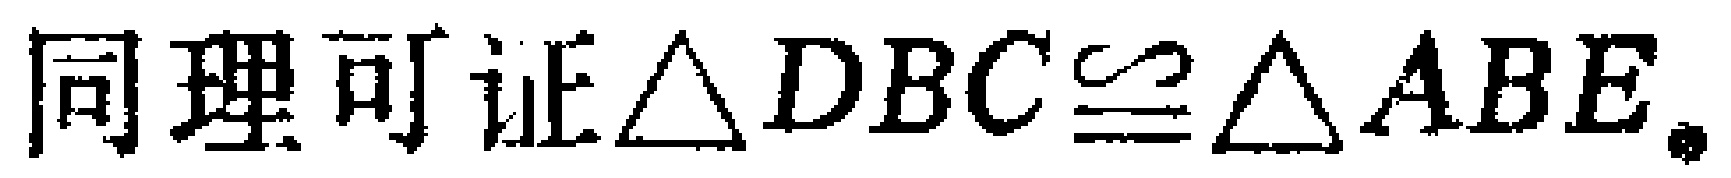
同理可证$\triangle DBC\cong\triangle ABE$.